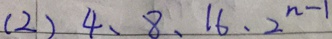
( 2 ) 4 、 8 、 1 6 、 2 ^ { n - 1 }